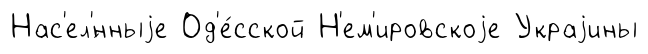
Нас'ел'́нныjе Од'е́сской Н'ем'ировскоjе Украjины